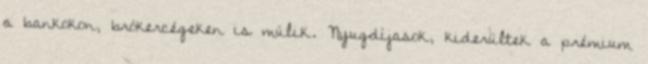
a bankokon, brókercégeken is múlik. Nyugdíjasok, kiderültek a prémium